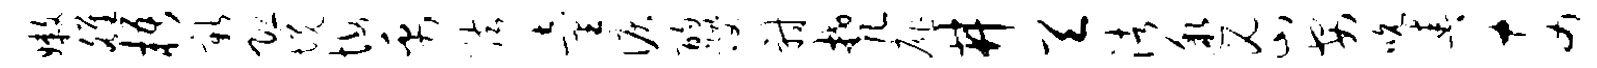
嫩雒梧新恐境悔禹弦童泪酌躞射梵扉井天渚邈密安吮春奈